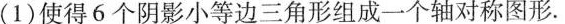
(1)使得6个阴影小等边三角形组成一个轴对称图形。